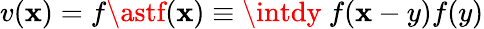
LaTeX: v(\mathbf{x})=f\astf(\mathbf{x})\equiv\intdy\ f(\mathbf{x}-y)f(y)